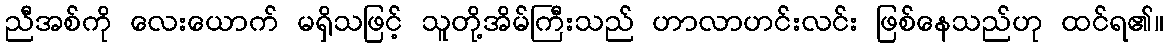
ညီအစ်ကို လေးယောက် မရှိသဖြင့် သူတို့အိမ်ကြီးသည် ဟာလာဟင်းလင်း ဖြစ်နေသည်ဟု ထင်ရ၏။